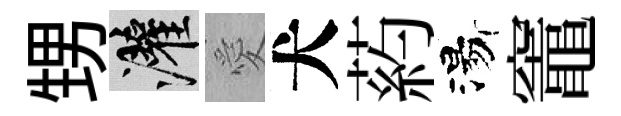
甥灌愛犬葯湯竈